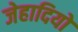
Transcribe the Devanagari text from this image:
जेहादियो